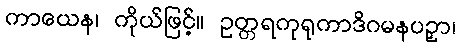
ကာယေန၊ ကိုယ်ဖြင့်။ ဥတ္တရကုရုကာဒိဂမနပဉှာ၊